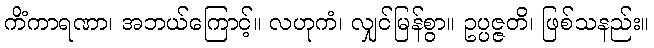
ကိံကာရဏာ၊ အဘယ်ကြောင့်။ လဟုကံ၊ လျှင်မြန်စွာ။ ဥပ္ပဇ္ဇတိ၊ ဖြစ်သနည်း။